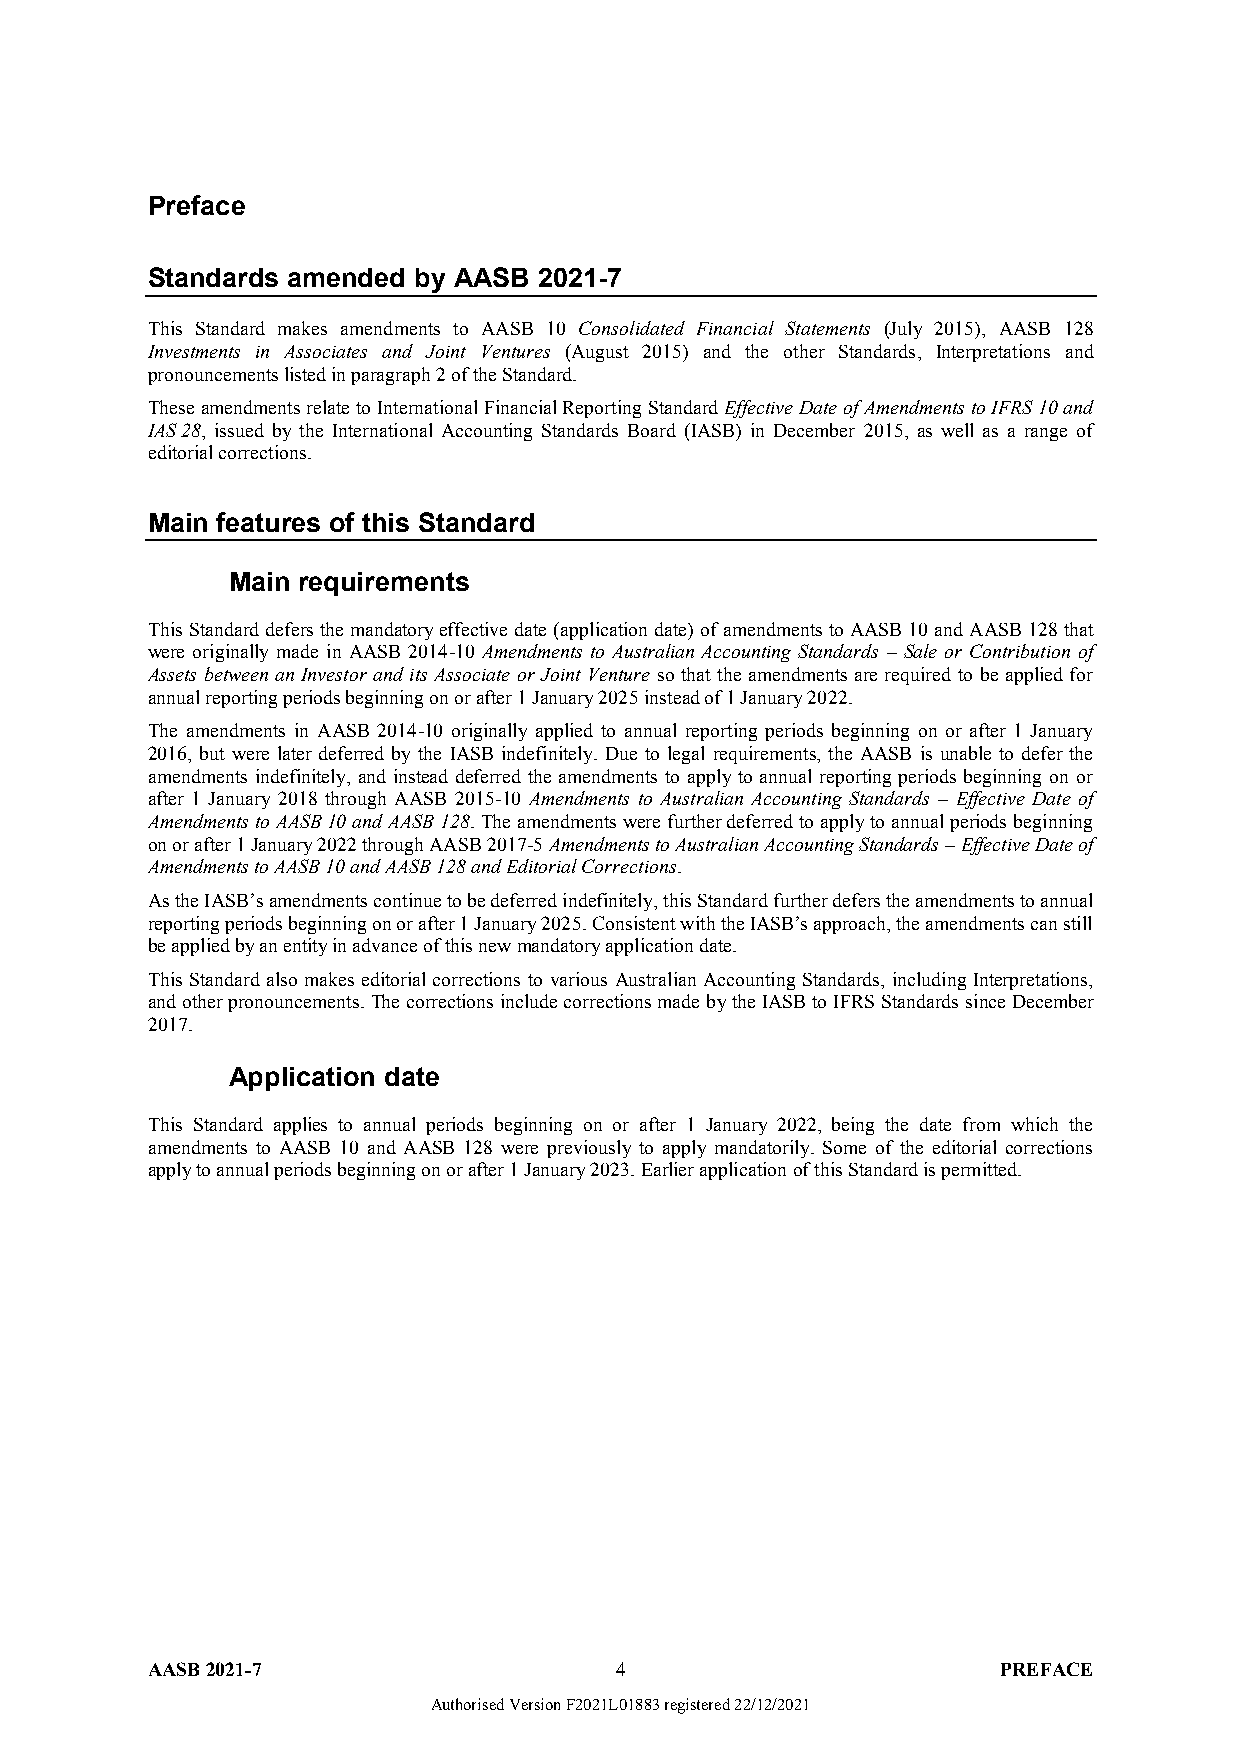
Preface
 Standards amended by AASB 2021-7
 This Standard makes amendments to AASB 10 Consolidated Financial Statements (July 2015), AASB 128
 Investments in Associates and Joint Ventures (August 2015) and the other Standards, Interpretations and
 pronouncements listed in paragraph 2 of the Standard.
 These amendments relate to International Financial Reporting Standard Effective Date of Amendments to IFRS 10 and
 IAS 28, issued by the International Accounting Standards Board (IASB) in December 2015, as well as a range of
 editorial corrections.
 Main features of this Standard
 Main requirements
 This Standard defers the mandatory effective date (application date) of amendments to AASB 10 and AASB 128 that
 were originally made in AASB 2014-10 Amendments to Australian Accounting Standards – Sale or Contribution of
 Assets between an Investor and its Associate or Joint Venture so that the amendments are required to be applied for
 annual reporting periods beginning on or after 1 January 2025 instead of 1 January 2022.
 The amendments in AASB 2014-10 originally applied to annual reporting periods beginning on or after 1 January
 2016, but were later deferred by the IASB indefinitely. Due to legal requirements, the AASB is unable to defer the
 amendments indefinitely, and instead deferred the amendments to apply to annual reporting periods beginning on or
 after 1 January 2018 through AASB 2015-10 Amendments to Australian Accounting Standards – Effective Date of
 Amendments to AASB 10 and AASB 128. The amendments were further deferred to apply to annual periods beginning
 on or after 1 January 2022 through AASB 2017-5 Amendments to Australian Accounting Standards – Effective Date of
 Amendments to AASB 10 and AASB 128 and Editorial Corrections.
 As the IASB’s amendments continue to be deferred indefinitely, this Standard further defers the amendments to annual
 reporting periods beginning on or after 1 January 2025. Consistent with the IASB’s approach, the amendments can still
 be applied by an entity in advance of this new mandatory application date.
 This Standard also makes editorial corrections to various Australian Accounting Standards, including Interpretations,
 and other pronouncements. The corrections include corrections made by the IASB to IFRS Standards since December
 2017.
 Application date
 This Standard applies to annual periods beginning on or after 1 January 2022, being the date from which the
 amendments to AASB 10 and AASB 128 were previously to apply mandatorily. Some of the editorial corrections
 apply to annual periods beginning on or after 1 January 2023. Earlier application of this Standard is permitted.
 AASB 2021-7                    4                        PREFACE
 Authorised Version F2021L01883 registered 22/12/2021